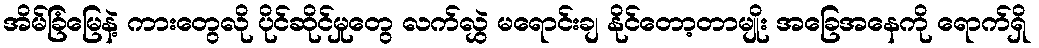
အိမ်ခြံမြေနဲ့ ကားတွေလို ပိုင်ဆိုင်မှုတွေ လက်လွှဲ မရောင်းချ နိုင်တော့တာမျိုး အခြေအနေကို ရောက်ရှိ